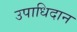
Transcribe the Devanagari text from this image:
उपाधिदान